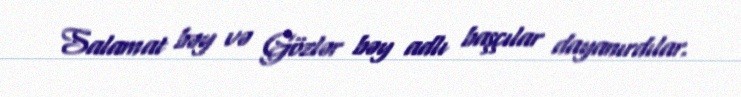
Salamat bəy və Gözlər bəy adlı başçılar dayanırdılar.